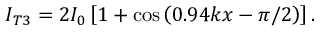
I _ { T 3 } = 2 I _ { 0 } \left[ 1 + \cos \left( 0 . 9 4 k x - \pi / 2 \right) \right] .